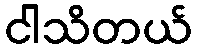
ငါသိတယ်